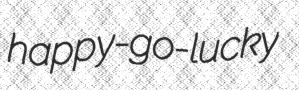
happy-go-lucky